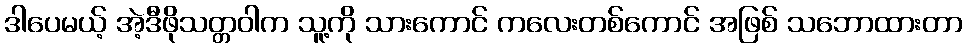
ဒါပေမယ့် အဲ့ဒီဖိုသတ္တဝါက သူ့ကို သားကောင် ကလေးတစ်ကောင် အဖြစ် သဘောထားတာ